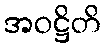
အဝဋ္ဌိတိ